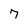
Character: 7